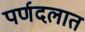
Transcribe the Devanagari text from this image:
पर्णदलात